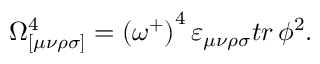
\Omega _ { [ \mu \nu \rho \sigma ] } ^ { 4 } = \left( \omega ^ { + } \right) ^ { 4 } \varepsilon _ { \mu \nu \rho \sigma } t r \, \phi ^ { 2 } .